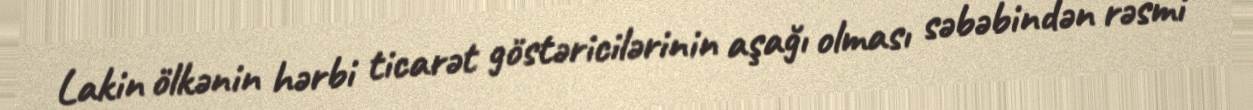
Lakin ölkənin hərbi ticarət göstəricilərinin aşağı olması səbəbindən rəsmi